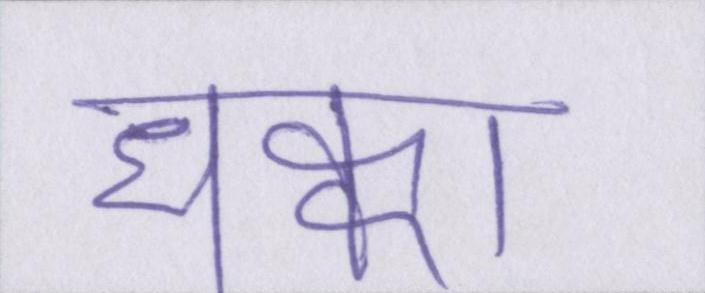
धक्का